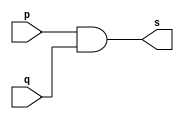
// -------------------------
// Exemplo0003 - AND
// Nome: Davidson Francis
// -------------------------

// -------------------------
// -- AND gate
// -------------------------
module andgate (output s, input p, input q);
  assign s = p & q; // criar vinculo permanente (dependencia)
endmodule // and gate

// -------------------------
// -- test and gate
// -------------------------
module testandgate;
// ------------------------- dados locais
reg a,b; // definir registrador
wire s; // definir conexao (fio)

// ------------------------- instancia
andgate AND1 (s, a,b);
// ------------------------- preparacao

initial begin:start
  a=0;b=0;
end
// ------------------------- parte principal

initial begin:main
               // execucao unitaria
  $display("Exemplo 0003 - DavidsonFrancis - 466499");
  $display("Test AND gate:");
  $display("\na & b = s\n");
 
  a = 0; b = 0;
  #1 $display("%b & %b = %b", a, b, s);
  a = 0; b = 1;
  #1 $display("%b & %b = %b", a, b, s);
  a = 1; b = 0;
  #1 $display("%b & %b = %b", a, b, s);
  a = 1; b = 1;
  #1 $display("%b & %b = %b", a, b, s);
  end
endmodule // testandgate